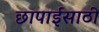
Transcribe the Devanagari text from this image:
छापाईसाठी